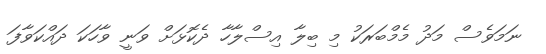
ނަމަވެސް މަދު މެމްބަރަކު މި ބިލާ އިސްލާހާ ދެކޮޅަށް ވަނީ ވާހަކަ ދައްކަވާފަ